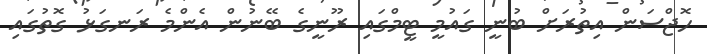
ހޮޖްސަން އިތުރަށް ބުނީ ގައުމީ ޓީމްގައި ރޫނީގެ ބޭނުން އެންމެ ރަނގަޅު ގޮތުގައި